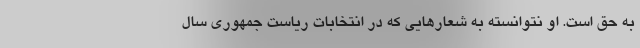
به حق است. او نتوانسته به شعارهایی که در انتخابات ریاست جمهوری سال